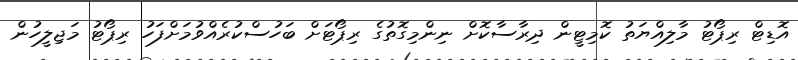
އޮޑިޓް ރިޕޯޓު މާލިއްޔަތު ކޮމިޓީން ދިރާސާކޮށް ނިންމިގޮތުގެ ރިޕޯޓަށް ބަހުސްކުރެއްވުމަށްފަހު ރިޕޯޓު މަޖިލީހުން